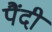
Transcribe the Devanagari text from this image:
पैंदी